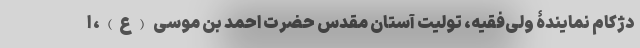
دژکام نمایندۀ ولی‌فقیه، تولیت آستان مقدس حضرت احمد بن موسی (ع)، ا